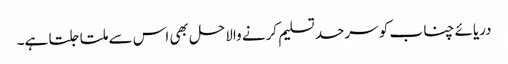
دریائے چناب کو سرحد تسلیم کرنے والاحل بھی اس سے ملتا جلتا ہے۔